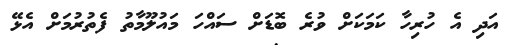
އަދި އެ ހުރިހާ ކަމަކަށް ވުރެ ބޮޑަށް ސައްހަ މައުލޫމާތު ފެތުރުމަށް އެޅޭ